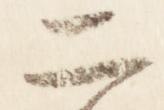
二